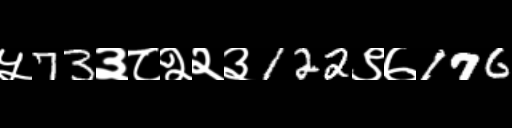
Text: ५73३८२२३122९७176